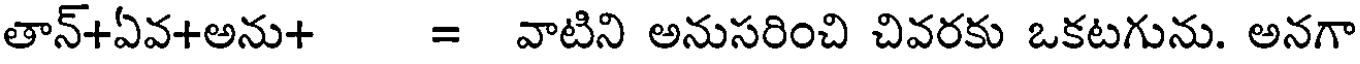
తాన్+ఏవ+అను+ = వాటిని అనుసరించి చివరకు ఒకటగును. అనగా